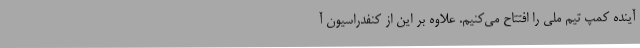
آینده کمپ تیم ملی را افتتاح می‌کنیم. علاوه بر این از کنفدراسیون آ